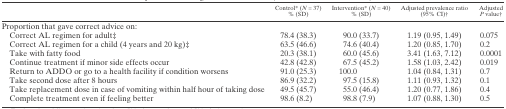
<table><thead><tr><td></td><td><b>Control* (<i>N</i> = 37) % (SD)</b></td><td><b>Intervention* (<i>N</i> = 40) % (SD)</b></td><td><b>Adjusted prevalence ratio (95% CI)†</b></td><td><b>Adjusted <i>P</i> value†</b></td></tr></thead><tbody><tr><td colspan="5">Proportion that gave correct advice on:</td></tr><tr><td> Correct AL regimen for adult‡</td><td>78.4 (38.3)</td><td>90.0 (33.7)</td><td>1.19 (0.95, 1.49)</td><td>0.075</td></tr><tr><td> Correct AL regimen for a child (4 years and 20 kg)‡</td><td>63.5 (46.6)</td><td>74.6 (40.4)</td><td>1.20 (0.85, 1.70)</td><td>0.2</td></tr><tr><td> Take with fatty food</td><td>20.3 (38.1)</td><td>60.0 (45.6)</td><td>3.41 (1.63, 7.12)</td><td>0.0001</td></tr><tr><td> Continue treatment if minor side effects occur</td><td>42.8 (42.8)</td><td>67.5 (45.2)</td><td>1.58 (1.03, 2.42)</td><td>0.019</td></tr><tr><td> Return to ADDO or go to a health facility if condition worsens</td><td>91.0 (25.3)</td><td>100.0</td><td>1.04 (0.84, 1.31)</td><td>0.7</td></tr><tr><td> Take second dose after 8 hours</td><td>86.9 (32.2)</td><td>97.5 (15.8)</td><td>1.11 (0.93, 1.32)</td><td>0.1</td></tr><tr><td> Take replacement dose in case of vomiting within half hour of taking dose</td><td>49.5 (45.7)</td><td>55.0 (46.4)</td><td>1.20 (0.77, 1.86)</td><td>0.4</td></tr><tr><td> Complete treatment even if feeling better</td><td>98.6 (8.2)</td><td>98.8 (7.9)</td><td>1.07 (0.88, 1.30)</td><td>0.5</td></tr></tbody></table>